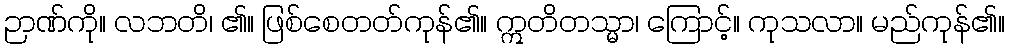
ဉာဏ်ကို။ လဘတိ၊ ၏။ ဖြစ်စေတတ်ကုန်၏။ ဣတိတသ္မာ၊ ကြောင့်။ ကုသလာ။ မည်ကုန်၏။